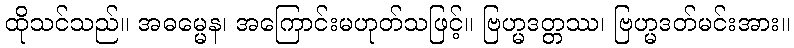
ထိုသင်သည်။ အဓမ္မေန၊ အကြောင်းမဟုတ်သဖြင့်။ ဗြဟ္မဒတ္တဿ၊ ဗြဟ္မဒတ်မင်းအား။